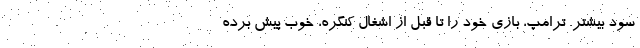
سود بیشتر. ترامپ، بازی خود را تا قبل از اشغال کنگره، خوب پیش برده